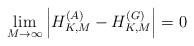
LaTeX: \begin{align*}\mathop {\lim }\limits_{M \to \infty } \left| {H_{K,M}^{\left( A \right)} - H_{K,M}^{\left( G \right)}} \right| = 0 \end{align*}